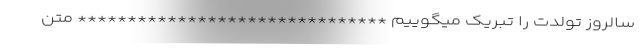
سالروز تولدت را تبریک میگوییم ******************************* متن